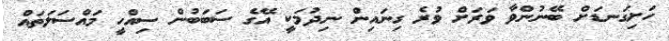
ހަށިގަނޑަށް ބޭނުންވާ ވަރަށް ވުރެ ގިނައިން ނިދުމަކީ އޭގެ ސަބަބުން ސިއްހީ މައްސަލަތައް